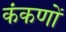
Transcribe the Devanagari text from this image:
कंकणों